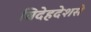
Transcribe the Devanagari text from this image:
विदेहदेशसे